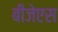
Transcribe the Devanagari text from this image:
बीजेएस